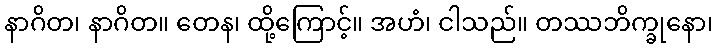
နာဂိတ၊ နာဂိတ။ တေန၊ ထို့ကြောင့်။ အဟံ၊ ငါသည်။ တဿဘိက္ခုနော၊